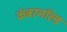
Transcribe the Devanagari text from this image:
कंबरनॉल्ड